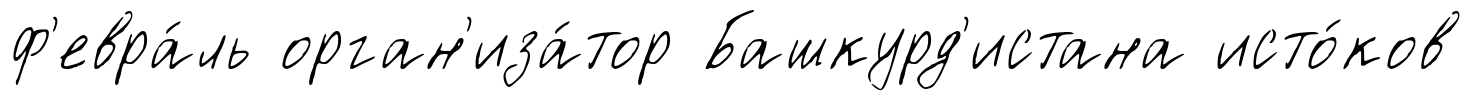
ф'евра́ль орган'иза́тор Башкурд'истана исто́ков